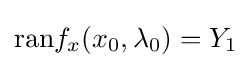
\mathrm {ran} f_{x}(x_{0},\lambda _{0})=Y_{1}